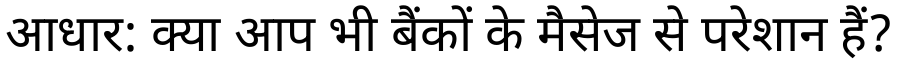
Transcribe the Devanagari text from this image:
आधार: क्या आप भी बैंकों के मैसेज से परेशान हैं?